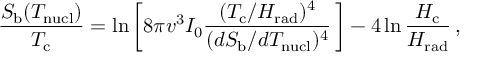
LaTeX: \frac { S _ { \mathrm { b } } ( T _ { \mathrm { n u c l } } ) } { T _ { \mathrm { c } } } = \ln \left[ 8 \pi v ^ { 3 } I _ { 0 } \frac { ( T _ { \mathrm { c } } / H _ { \mathrm { r a d } } ) ^ { 4 } } { ( d S _ { \mathrm { b } } / d T _ { \mathrm { n u c l } } ) ^ { 4 } } \, \right] - 4 \ln \frac { H _ { \mathrm { c } } } { H _ { \mathrm { r a d } } } \, ,